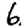
Digit: 6